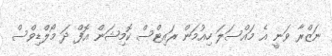
ނަޒްރާ ވަނީ އެ މައްސަލަ ހިއުމަން ރައިޓްސް ކޮމިޝަން އޮފް ދަ މޯލްޑިވްސް